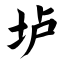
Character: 垆